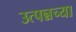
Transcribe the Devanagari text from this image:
उत्पन्नच्या